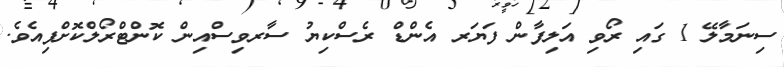
ސިނަމާލޭ 1 ގައި ރޯވި އަލިފާން ފަޔަރ އެންޑް ރެސްކިޔު ސާރވިސްއިން ކޮންޓްރޯލްކޮށްފިއެވެ.